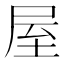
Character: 屋